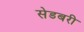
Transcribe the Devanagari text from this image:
सेडबरी